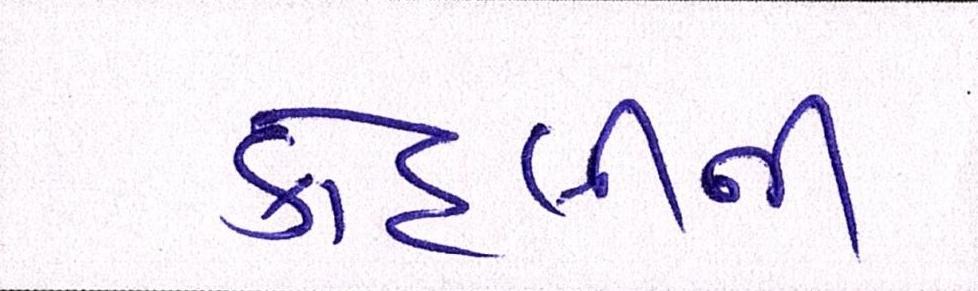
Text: કોહલીની